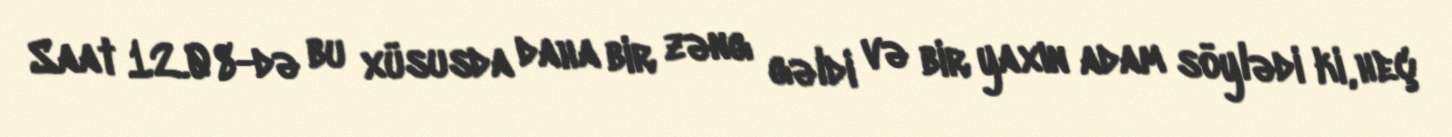
Saat 12.08-də bu xüsusda daha bir zəng gəldi və bir yaxın adam söylədi ki, heç